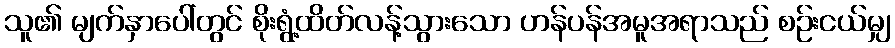
သူ၏ မျက်နှာပေါ်တွင် စိုးရွံ့ထိတ်လန့်သွားသော ဟန်ပန်အမူအရာသည် စဉ်းငယ်မျှ